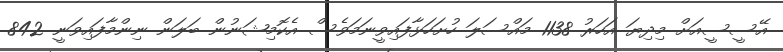
އޭސީސީއަށް މިދިޔަ އަހަރު 1138 މައްސަލަ ހުށަހަޅާފައިވީނަމަވެސް އެކޮމިޝަނުން ބަލަން ނިންމާފައިވަނީ 842